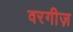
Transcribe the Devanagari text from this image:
वरगीज़